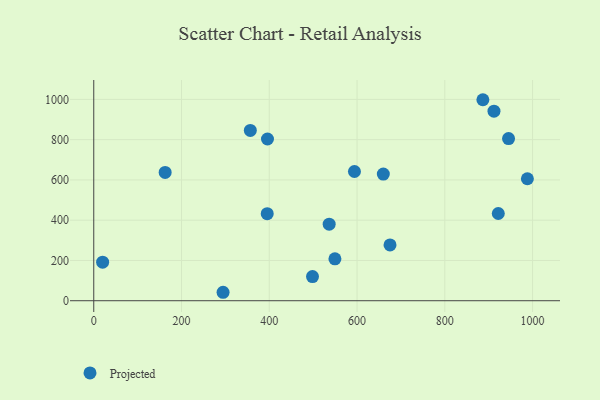
{"axis": {"x": "Experience", "y": "Yield"}, "legend": ["Projected"], "data": [{"x": "395.3", "y": 432.3, "type": "Projected"}, {"x": "659.9", "y": 629.1, "type": "Projected"}, {"x": "886.8", "y": 998.4, "type": "Projected"}, {"x": "594.1", "y": 641.9, "type": "Projected"}, {"x": "20.2", "y": 191.5, "type": "Projected"}, {"x": "549.6", "y": 208.3, "type": "Projected"}, {"x": "498.5", "y": 120.1, "type": "Projected"}, {"x": "162.7", "y": 637.1, "type": "Projected"}, {"x": "912.1", "y": 941.5, "type": "Projected"}, {"x": "921.9", "y": 433.4, "type": "Projected"}, {"x": "945.3", "y": 805.5, "type": "Projected"}, {"x": "356.8", "y": 845.7, "type": "Projected"}, {"x": "675.2", "y": 277.2, "type": "Projected"}, {"x": "395.9", "y": 803.3, "type": "Projected"}, {"x": "294.7", "y": 42.0, "type": "Projected"}, {"x": "536.5", "y": 380.1, "type": "Projected"}, {"x": "988.2", "y": 605.9, "type": "Projected"}]}